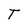
Character: T